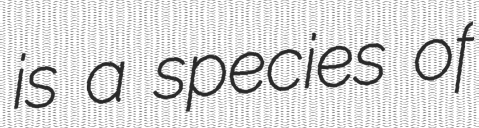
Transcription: is a species of